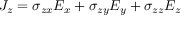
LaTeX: J _ { z } = \sigma _ { z x } E _ { x } + \sigma _ { z y } E _ { y } + \sigma _ { z z } E _ { z }